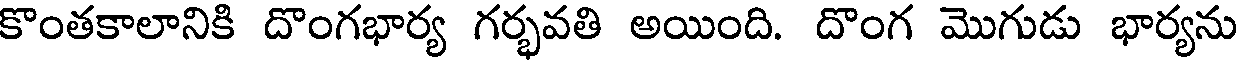
కొంతకాలానికి దొంగభార్య గర్భవతి అయింది. దొంగ మొగుడు భార్యను